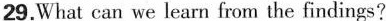
29.What can we learn from the findings?